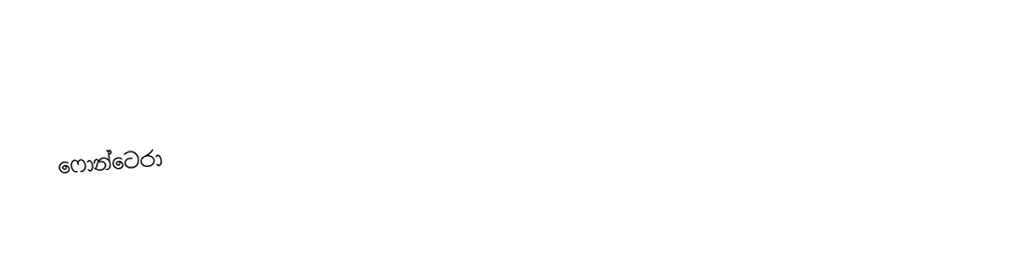
ෆොන්ටෙරා